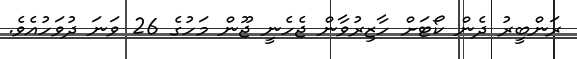
ރަންބީރު ދެން ކޯޓަށް ހާޒިރުވާން ޖެހެނީ ޖޫން މަހުގެ 26 ވަނަ ދުވަހުއެވެ.